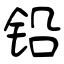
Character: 铅